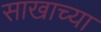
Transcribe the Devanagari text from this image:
साखाच्या